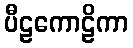
ပီဠကောဠိကာ